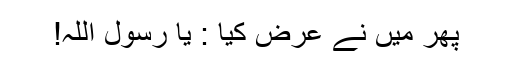
پھر میں نے عرض کیا : یا رسول اللہ!